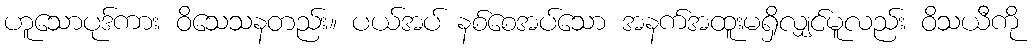
ဟူသောပုဒ်ကား ဝိသေသနတည်း။ ပယ်အပ် နစ်စေအပ်သော အနက်အထူးမရှိလျှင်မူလည်း ဝိသယီကို